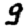
Digit: 9